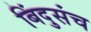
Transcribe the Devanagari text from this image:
बिंदुसंच